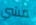
مشي